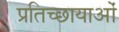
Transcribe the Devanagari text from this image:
प्रतिच्छायाओं